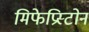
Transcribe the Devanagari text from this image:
मिफेप्रिस्टोन